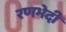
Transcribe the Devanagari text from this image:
रणभेदी